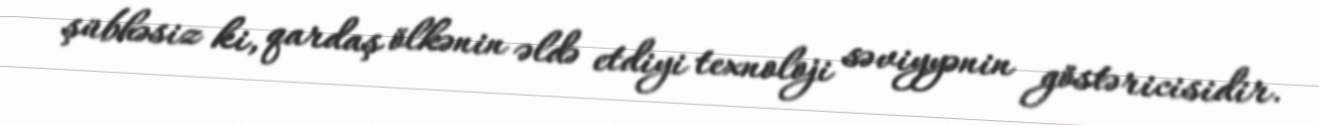
şübhəsiz ki, qardaş ölkənin əldə etdiyi texnoloji səviyyənin göstəricisidir.